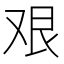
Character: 艰